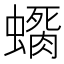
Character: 𲀊